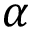
\alpha